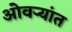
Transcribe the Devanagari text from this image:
ओवर्‍यांत